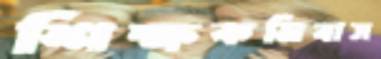
শিক্ষকনিবাস